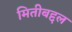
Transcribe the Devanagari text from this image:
मितीबद्दल